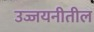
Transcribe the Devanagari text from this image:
उज्जयनीतील